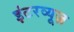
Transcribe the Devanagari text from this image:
इंटरव्यूज़